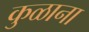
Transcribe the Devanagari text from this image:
कुळाना